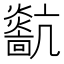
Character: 𤒀